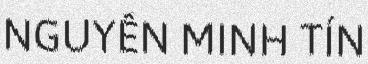
NGUYỄN MINH TÍN